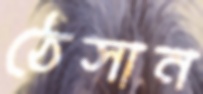
ঠেসান